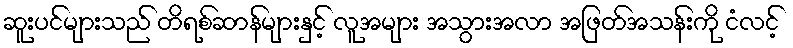
ဆူးပင်များသည် တိရစ်ဆာန်များနှင့် လူအများ အသွားအလာ အဖြတ်အသန်းကို ငံလင့်